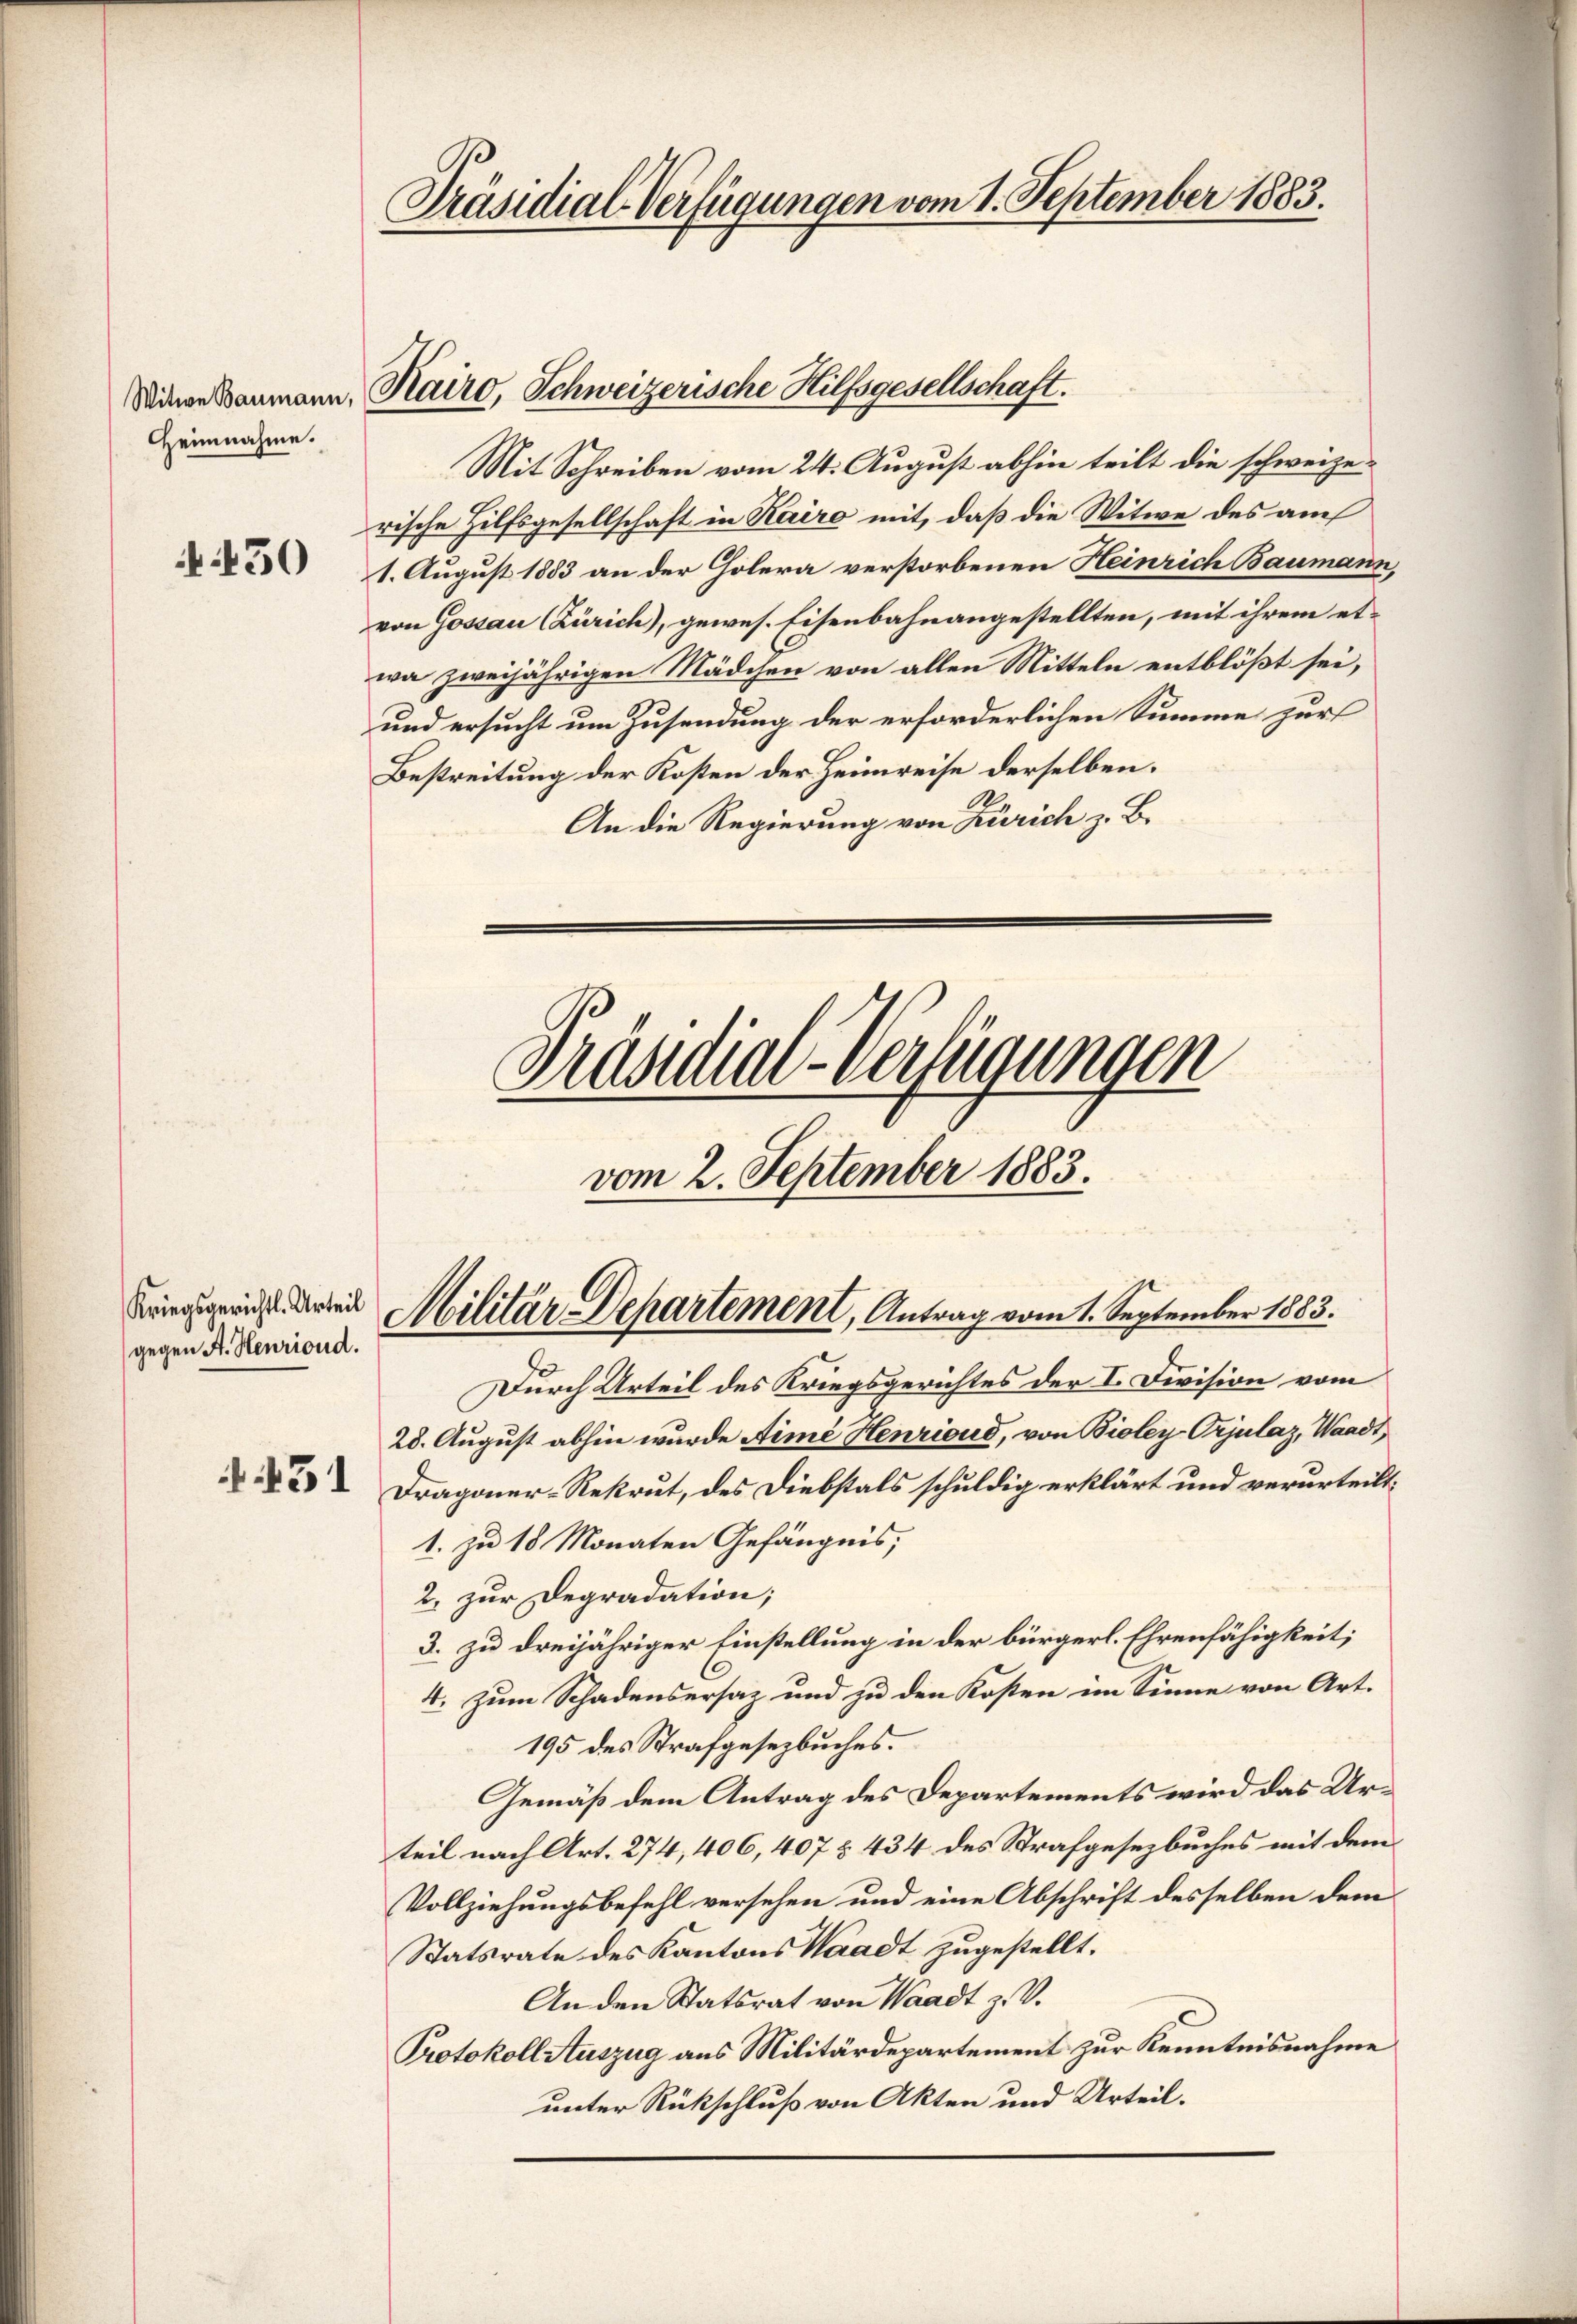
Witwe Baumann,
einnahme.

150

Kriegsgerichtl. Urteil
gegen A. Heuriond.

431

Präsidial-Verfügungen vom 1. September 1883.

Kairo, Schweizerische Hilfsgesellschaft.

Mit Schreiben vom 24. August abhin teilt die schweizerische Hilfsgesellschaft in Kairo mit, daß die Witwe des auch
1. August 1883 an der Golera verstorbenen Heinrich Baumann,
von Gossau (Zürich), gewes. Eisenbahnangestellten, mit ihrem etwa zweijährigen Mädchen von allen Mitteln entblößt sei,
und ersucht um Zusendung der erforderlichen Summe zur
Bestreitung der Kosten der Heimreise derselben.
An die Regierung von Zürich z. B.

Präsidial-Verfügungen
vom 2. September 1883.
Militär Departement, Antrag vom 1. September 1883.

Durch Urteil des Kriegsgerichtes der I. Division vom
28. August abhin wurde Aimé Henrioud, von Bioley-Orjulaz, Waadt
Dragoner-Rekrut, des Diebstals schuldig erklärt und verurteilt.
1. zu 18 Monaten Gefängnis,
2. zur Degradation;
3. zu dreijähriger Einstellung in der bürgerl. Ehrenfähigkeit;
4. Zum Schadensersaz und zu den Kosten im Sinne von Art.
195 des Strafgesezbuches.
Gemäß dem Antrag des Departements wird das Urteil nach Art. 274, 406, 407 § 434 des Strafgesezbuches mit dem
Vollziehungsbefehl versehen und eine Abschrift desselben dem
Statsrate des Kantons Waadt zugestellt.
An den Statsrat von Waadt z. V.
Protokoll Auszug aus Militärdepartement zur Kenntnisnahme
unter Rückschluß von Akten und Urteil.